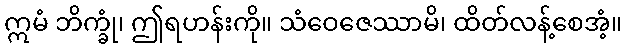
ဣမံ ဘိက္ခုံ၊ ဤရဟန်းကို။ သံဝေဇေဿာမိ၊ ထိတ်လန့်စေအံ့။